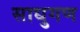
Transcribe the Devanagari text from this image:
साधुगण